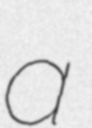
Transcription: a